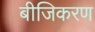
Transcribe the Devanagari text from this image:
बीजिकरण